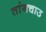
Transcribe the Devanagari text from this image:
तांगचाउ